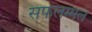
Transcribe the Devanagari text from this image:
सफलम्मल